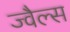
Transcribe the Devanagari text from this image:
ज्वैल्स